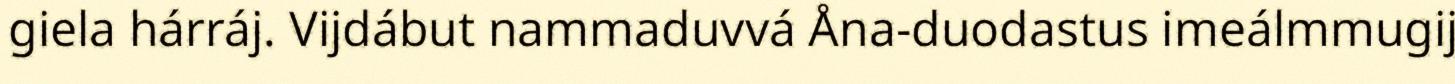
giela hárráj. Vijdábut nammaduvvá Åna-duodastus imeálmmugij